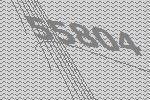
55804